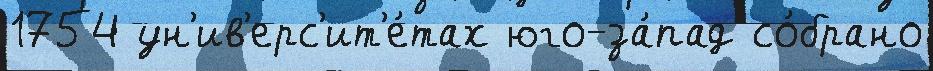
1754 ун'ив'ерс'ит'е́тах юго-за́пад со́брано